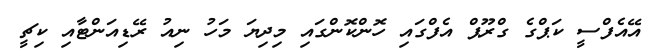
އޭއެފްސީ ކަޕްގެ ގްރޫޕް އެފްގައި ހޮންކޮންގައި މިދިޔަ މަހު ނިއު ރޭޑިއަންޓާއި ކިޗީ